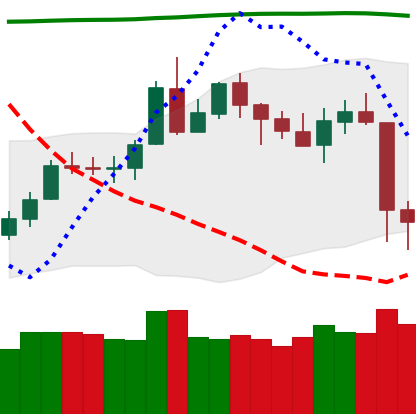
Ticker: LTC-USD
Chart end date: 2020-05-11
Forward return: 3.628%
Label: up_3_5